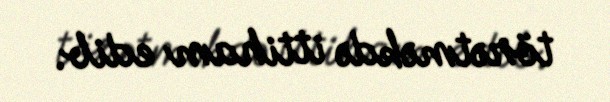
törətməkdə ittiham edib.